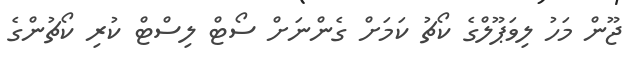
ޖޫން މަހު ލިވަޕޫލްގެ ކޯޗު ކަމަށް ގެންނަށް ސޯޓް ލިސްޓް ކުރި ކޯޗުންގެ